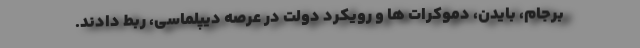
برجام، بایدن، دموکرات ها و رویکرد دولت در عرصه دیپلماسی، ربط دادند.